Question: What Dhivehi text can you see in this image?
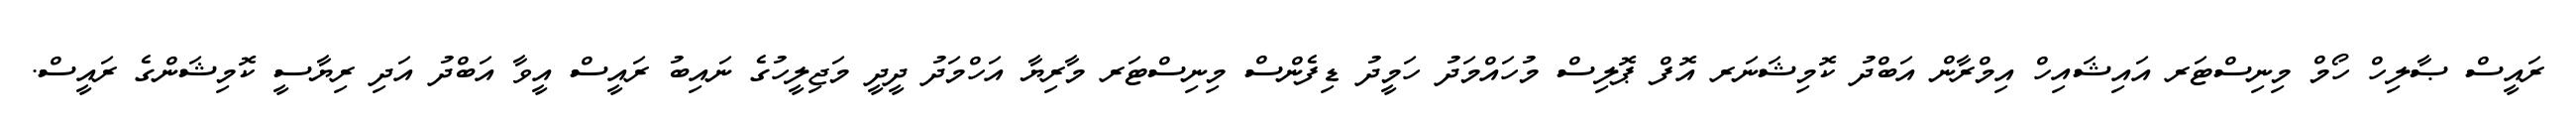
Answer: ރައީސް ޞާލިހް ހޯމް މިނިސްޓަރ އައިޝައިހް އިމްރާން އަބްދު ކޮމިޝަނަރ އޮފް ޕޮލިސް މުހައްމަދު ހަމީދު ޑިފެންސް މިނިސްޓަރ މާރިޔާ އަހްމަދު ދީދީ މަޖިލީހުގެ ނައިބު ރައީސް އީވާ އަބްދު އަދި ރިޔާސީ ކޮމިޝަންގެ ރައީސް.